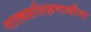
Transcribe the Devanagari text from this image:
नाट्यप्रशिक्षणार्थींना